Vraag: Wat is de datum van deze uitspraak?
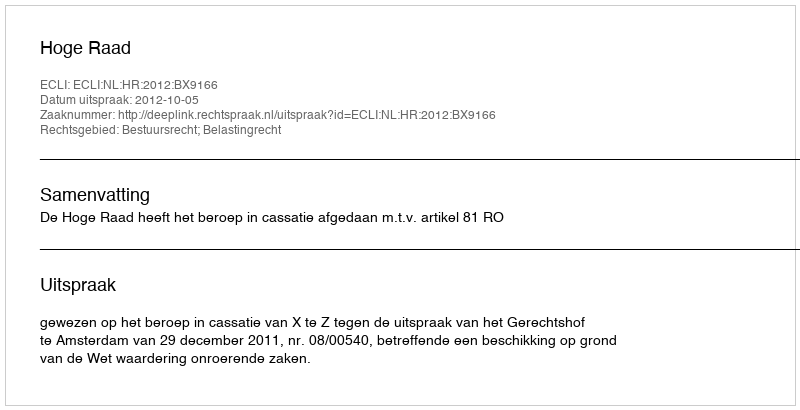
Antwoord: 2012-10-05